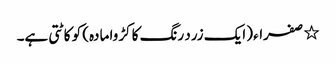
٭ صفراء (ایک زرد رنگ کا کڑوا مادہ) کو کاٹتی ہے۔